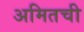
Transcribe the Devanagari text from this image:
अमितची